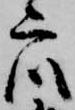
衆